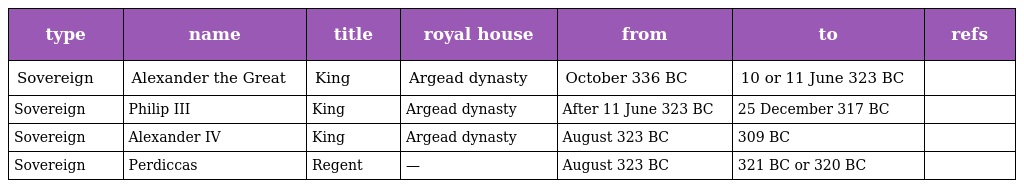
| type | name | title | royal house | from | to | refs |
 | --- | --- | --- | --- | --- | --- | --- |
 | Sovereign | Alexander the Great | King | Argead dynasty | October 336 BC | 10 or 11 June 323 BC |  |
 | Sovereign | Philip III | King | Argead dynasty | After 11 June 323 BC | 25 December 317 BC |  |
 | Sovereign | Alexander IV | King | Argead dynasty | August 323 BC | 309 BC |  |
 | Sovereign | Perdiccas | Regent | — | August 323 BC | 321 BC or 320 BC |  |